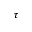
\tau